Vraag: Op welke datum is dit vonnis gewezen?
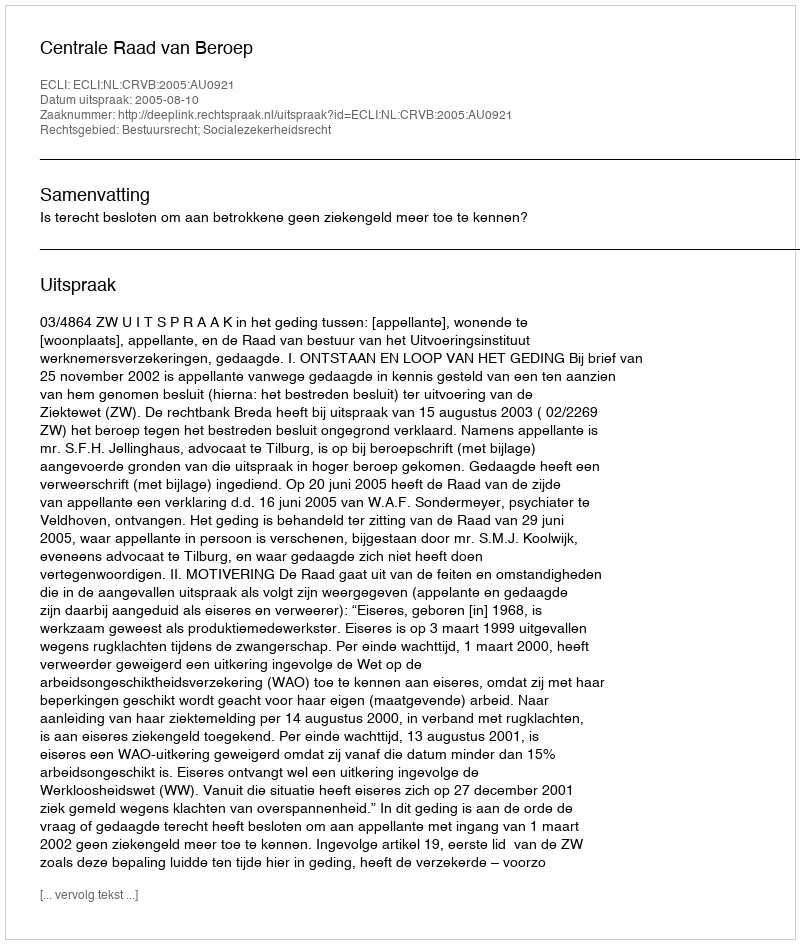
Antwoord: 2005-08-10